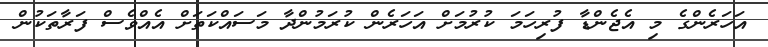
އަހަރެންގެ މި އެޖެންޑާ ފުރިހަމަ ކުރުމަށް އަހަރެން ކުރަމުންދާ މަސައްކަތަށް އެއްވެސް ފަރާތަކުން